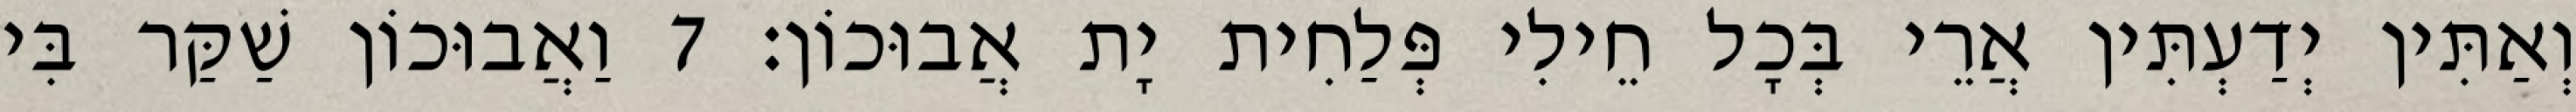
וְאַתִּין יְדַעְתִּין אֲרֵי בְּכָל חֵילִי פְּלַחִית יָת אֲבוּכוֹן׃ 7 וַאֲבוּכוֹן שַׁקַּר בִּי